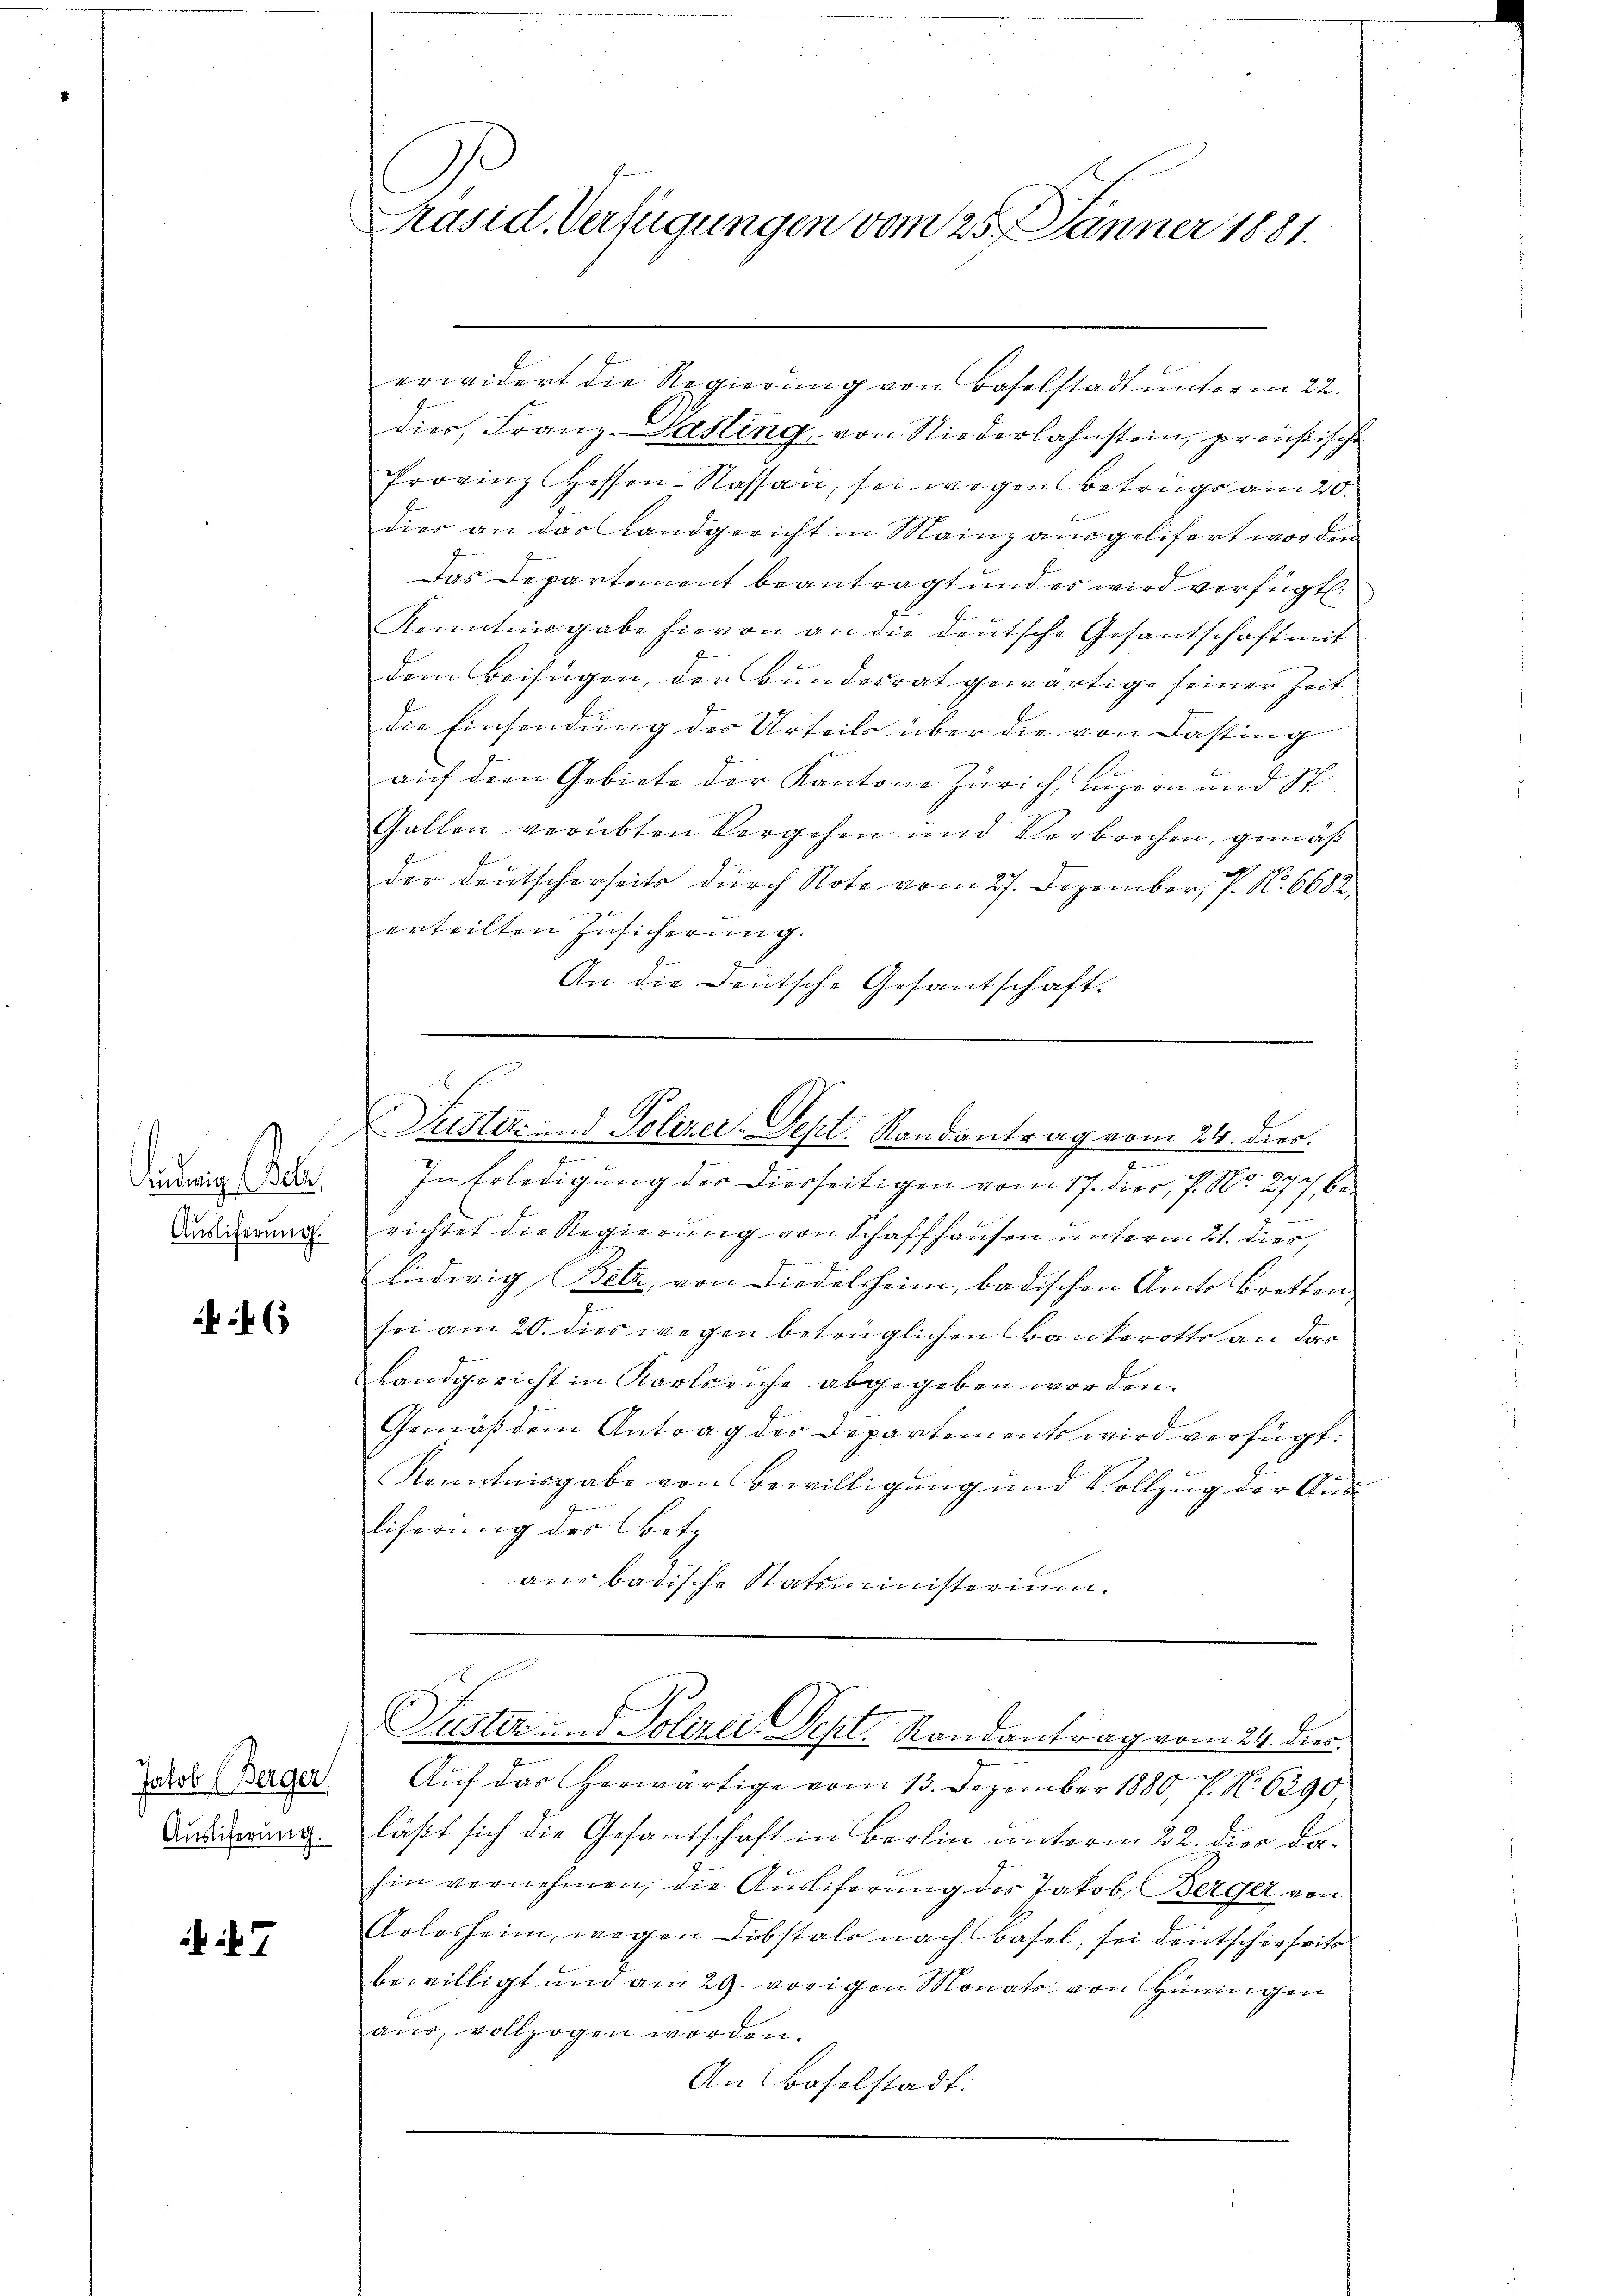
innig Gele
Auslieferung.

46

Jakob (Berger
Auslieferung.

7

erwidert die Regierung von Baselstadt unterm 22.
dies, Franz-Pasting, von Niederlahnstein, preußische
Provinz Hessen-Kassan, sei wegen Betrugs am 20.
dies an das Landgericht in Mainz ausgelifert worden
Das Departement beantragt und es wird verfügt:
Kenntnisgabe hievon an die deutsche Gesantschaft mit
dem Beifügen, der Bundesrat gewärtige seiner Zeit
die Einsendung des Urteils über die von Dasting
auf dem Gebiete der Kantone Zürich, Luzern und St
Gallen verübten Vergehen und Verbrechen, gemäß
der deutscherseits durch Note vom 27. Dezember, P. Nr. 6682,
erteilten Zusicherung.
f
An die Deutsche Gesantschaft.

Präsid. Verfügungen vom 25. Jänner 1881.

s

n
s
In Erledigung der Diesseitigen vom 17. dier, 7. No. 277 be
1
richtet die Regierung von Schaffhausen unterm 21. dies,
Ludwig Belz, von Diedelsheim, badischen Amts Bretten
sei am 20. dies wegen betrüglichen Bankerotts an das
Landgericht in Karlsruhe abgegeben worden.
Gemäß dem Antrag der Departements wird verfügt:
Kenntnisgabe von Bewilligung und Vollzug der Aus¬
Eiferung des Betz
an badische Statsministerium.

Justiz und Polizer-Sept. Randantrag vom 24. dies

Auf das herwärtige vom 13. Dezember 1880, 7. No 6290,
läßt sich die Gesantschaft in Berlin unterm 22. dies dahin vernehmen, die Auslieferung der Jakob Berger von
Arlesheim, wegen Lobstals nach Basel, sei deutscherheits
bewilligt und am 29. vorigen Monat von Hüningen
aŭs, vollzogen worden.
An Baselstadt.

Suster und Polizei Sept. Randantrag vom 24. dies.